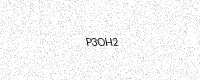
Text: P3OH2